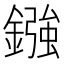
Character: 鏹